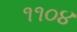
૧૧૦૪